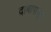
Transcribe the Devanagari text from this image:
दाबापासून